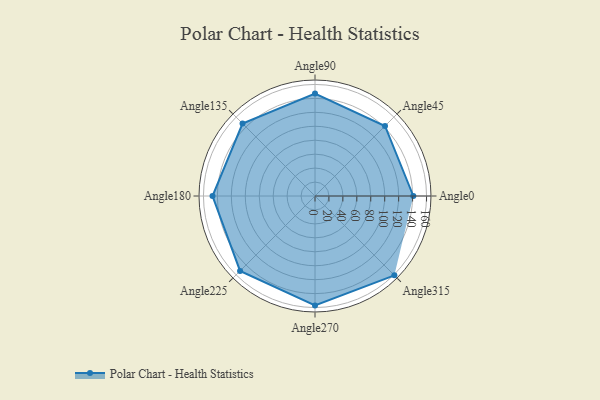
{"axis": {"x": "Angle", "y": "Radius"}, "legend": [""], "data": [{"x": "Angle0", "y": 141.0, "type": ""}, {"x": "Angle45", "y": 142.0, "type": ""}, {"x": "Angle90", "y": 147.0, "type": ""}, {"x": "Angle135", "y": 147.0, "type": ""}, {"x": "Angle180", "y": 147.0, "type": ""}, {"x": "Angle225", "y": 152.0, "type": ""}, {"x": "Angle270", "y": 157.0, "type": ""}, {"x": "Angle315", "y": 161.0, "type": ""}]}